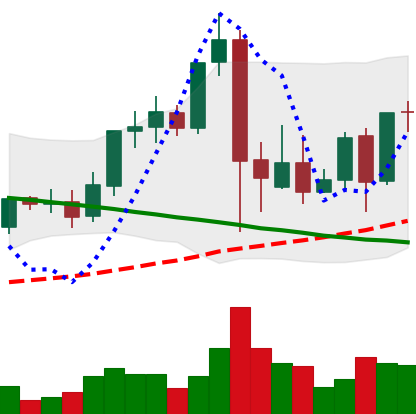
Ticker: LINK-USD
Chart end date: 2021-09-15
Forward return: -23.875%
Label: down_7plus